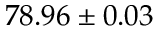
7 8 . 9 6 \pm 0 . 0 3